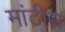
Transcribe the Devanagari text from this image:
मांटीस